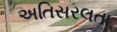
અતિસરલતા